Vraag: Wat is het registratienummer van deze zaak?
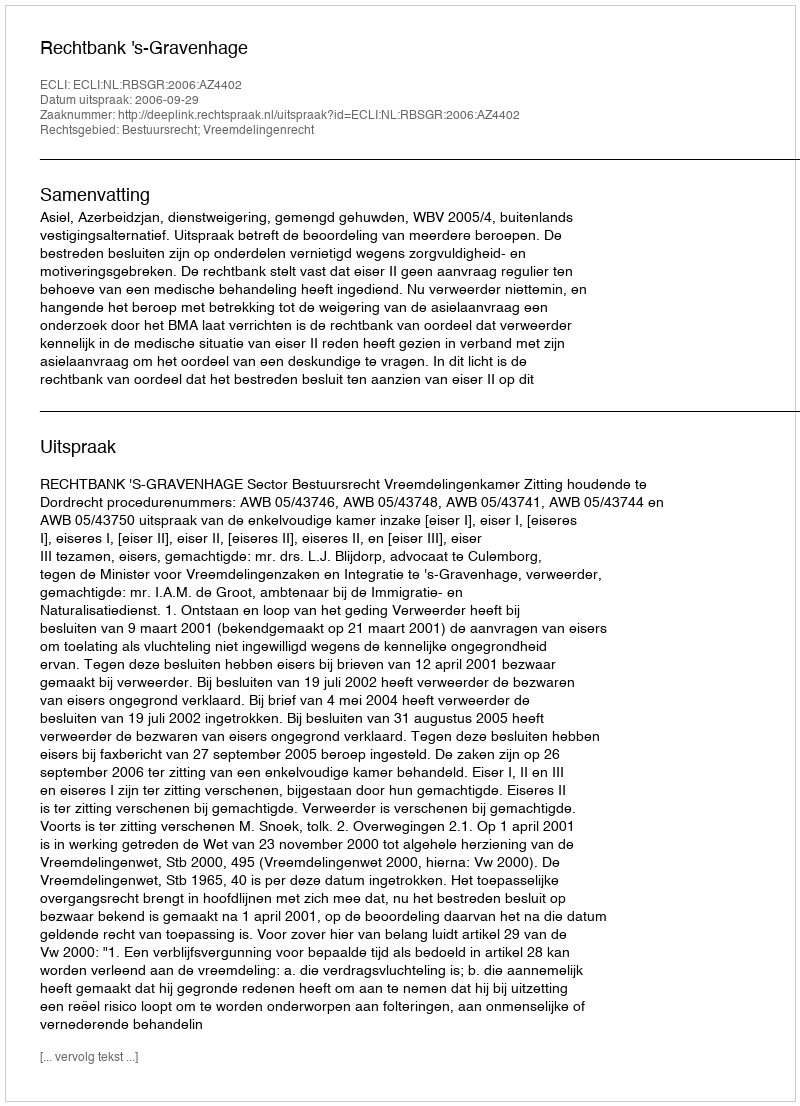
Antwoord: http://deeplink.rechtspraak.nl/uitspraak?id=ECLI:NL:RBSGR:2006:AZ4402